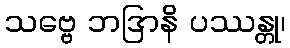
သဗ္ဗေ ဘဒြာနိ ပဿန္တု၊